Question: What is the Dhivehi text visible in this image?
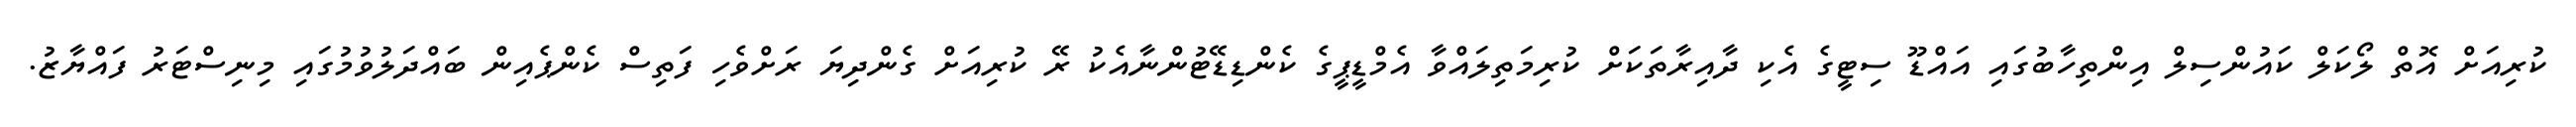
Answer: ކުރިއަށް އޮތް ލޯކަލް ކައުންސިލް އިންތިހާބުގައި އައްޑޫ ސިޓީގެ އެކި ދާއިރާތަކަށް ކުރިމަތިލައްވާ އެމްޑީޕީގެ ކެންޑިޑޭޓުންނާއެކު ރޭ ކުރިއަށް ގެންދިޔަ ރަށްވެހި ފަތިސް ކެންޕެއިން ބައްދަލުވުމުގައި މިނިސްޓަރު ފައްޔާޒު.